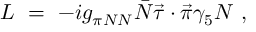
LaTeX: { \cal L } \ = \ - i g _ { \pi N N } { \bar { N } } { \vec { \tau } } \cdot { \vec { \pi } } \gamma _ { 5 } N \ ,